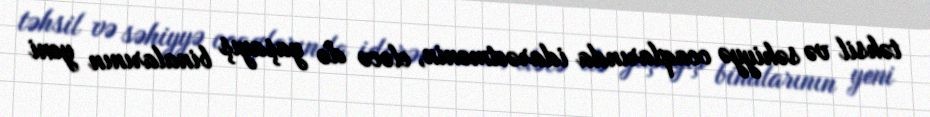
təhsil və səhiyyə ocaqlarında idarəetmənin, eləcə də yaşayış binalarının yeni